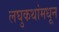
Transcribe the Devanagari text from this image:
लघुकथांमधून